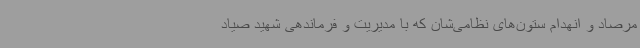
مرصاد و انهدام ستون‌های نظامی‌شان که با مدیریت و فرماندهی شهید صیاد